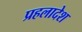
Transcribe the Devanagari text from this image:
प्रहलादेश